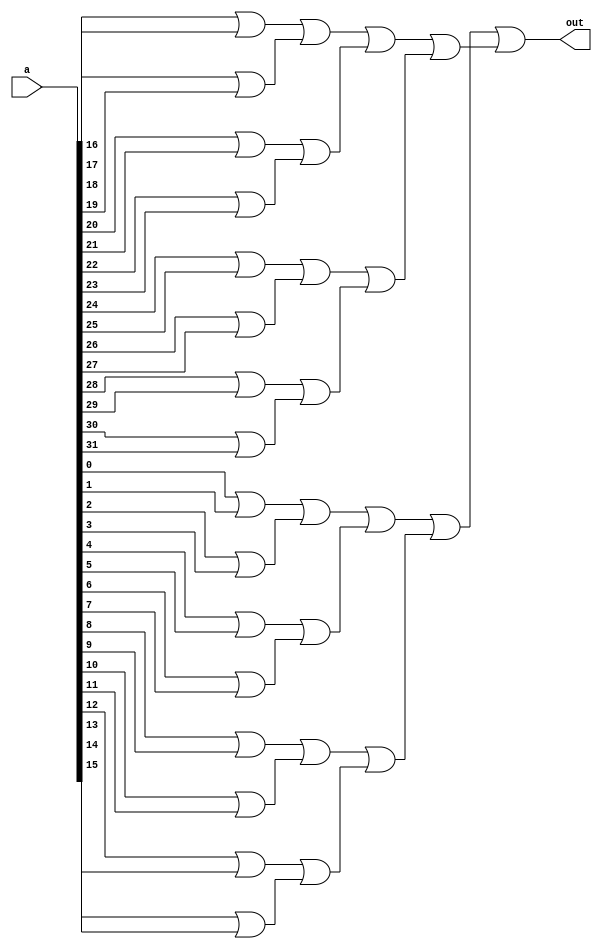
module is_not_zero(a, out);
	input [31:0] a;
	output out;
	wire [15:0] layer0;
	wire [7:0]  layer1;
	wire [3:0]  layer2;
	wire [1:0]  layer3;
	genvar i;
	generate
		for (i = 0; i <= 15; i = i + 1) begin: l0
			or or_gate(layer0[i], a[i + i], a[i + i + 1]);
		end
		for (i = 0; i <= 7; i = i + 1)  begin: l1
			or or_gate(layer1[i], layer0[i + i], layer0[i + i + 1]);
		end
		for (i = 0; i <= 3; i = i + 1)  begin: l2
			or or_gate(layer2[i], layer1[i + i], layer1[i + i + 1]);
		end
		for (i = 0; i <= 1; i = i + 1)  begin: l3
			or or_gate(layer3[i], layer2[i + i], layer2[i + i + 1]);
		end
	endgenerate
	
	or final_or(out, layer3[0], layer3[1]);
	
endmodule